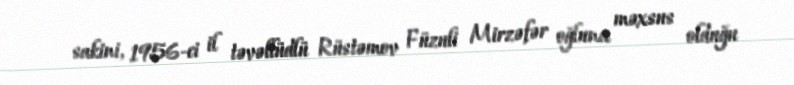
sakini, 1956-ci il təvəllüdlü Rüstəmov Füzuli Mirzəfər oğluna məxsus olduğu